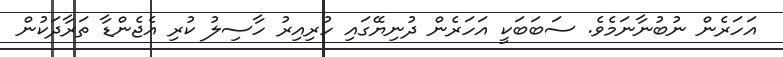
އަހަރެން ނުބުނާނަމެވެ. ސަބަބަކީ އަހަރެން ދުނިޔޭގައި ހުރިއިރު ހާސިލު ކުރި އެޖެންޑާ ތަރާދަކުން